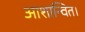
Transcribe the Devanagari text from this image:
आशान्वित।